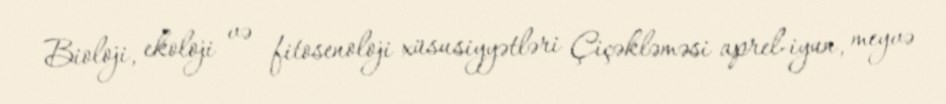
Bioloji, ekoloji və fitosenoloji xüsusiyyətləri Çiçəkləməsi aprel-iyun, meyvə